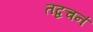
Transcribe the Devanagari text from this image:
तद्वचनं